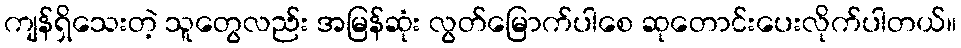
ကျန်ရှိသေးတဲ့ သူတွေလည်း အမြန်ဆုံး လွတ်မြောက်ပါစေ ဆုတောင်းပေးလိုက်ပါတယ်။